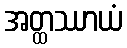
အတ္ထဿာယံ